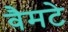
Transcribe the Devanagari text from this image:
वैमटे